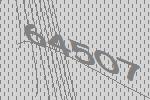
64507